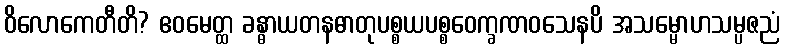
ဝိလောကေတီတိ? ဧဝမေတ္ထ ခန္ဓာယတနဓာတုပစ္စယပစ္စဝေက္ခဏဝသေနပိ အသမ္မောဟသမ္ပဇညံ